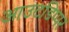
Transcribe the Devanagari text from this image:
आउटडिप्पर